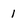
Character: 1